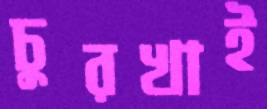
চুরখাই